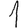
Digit: 1